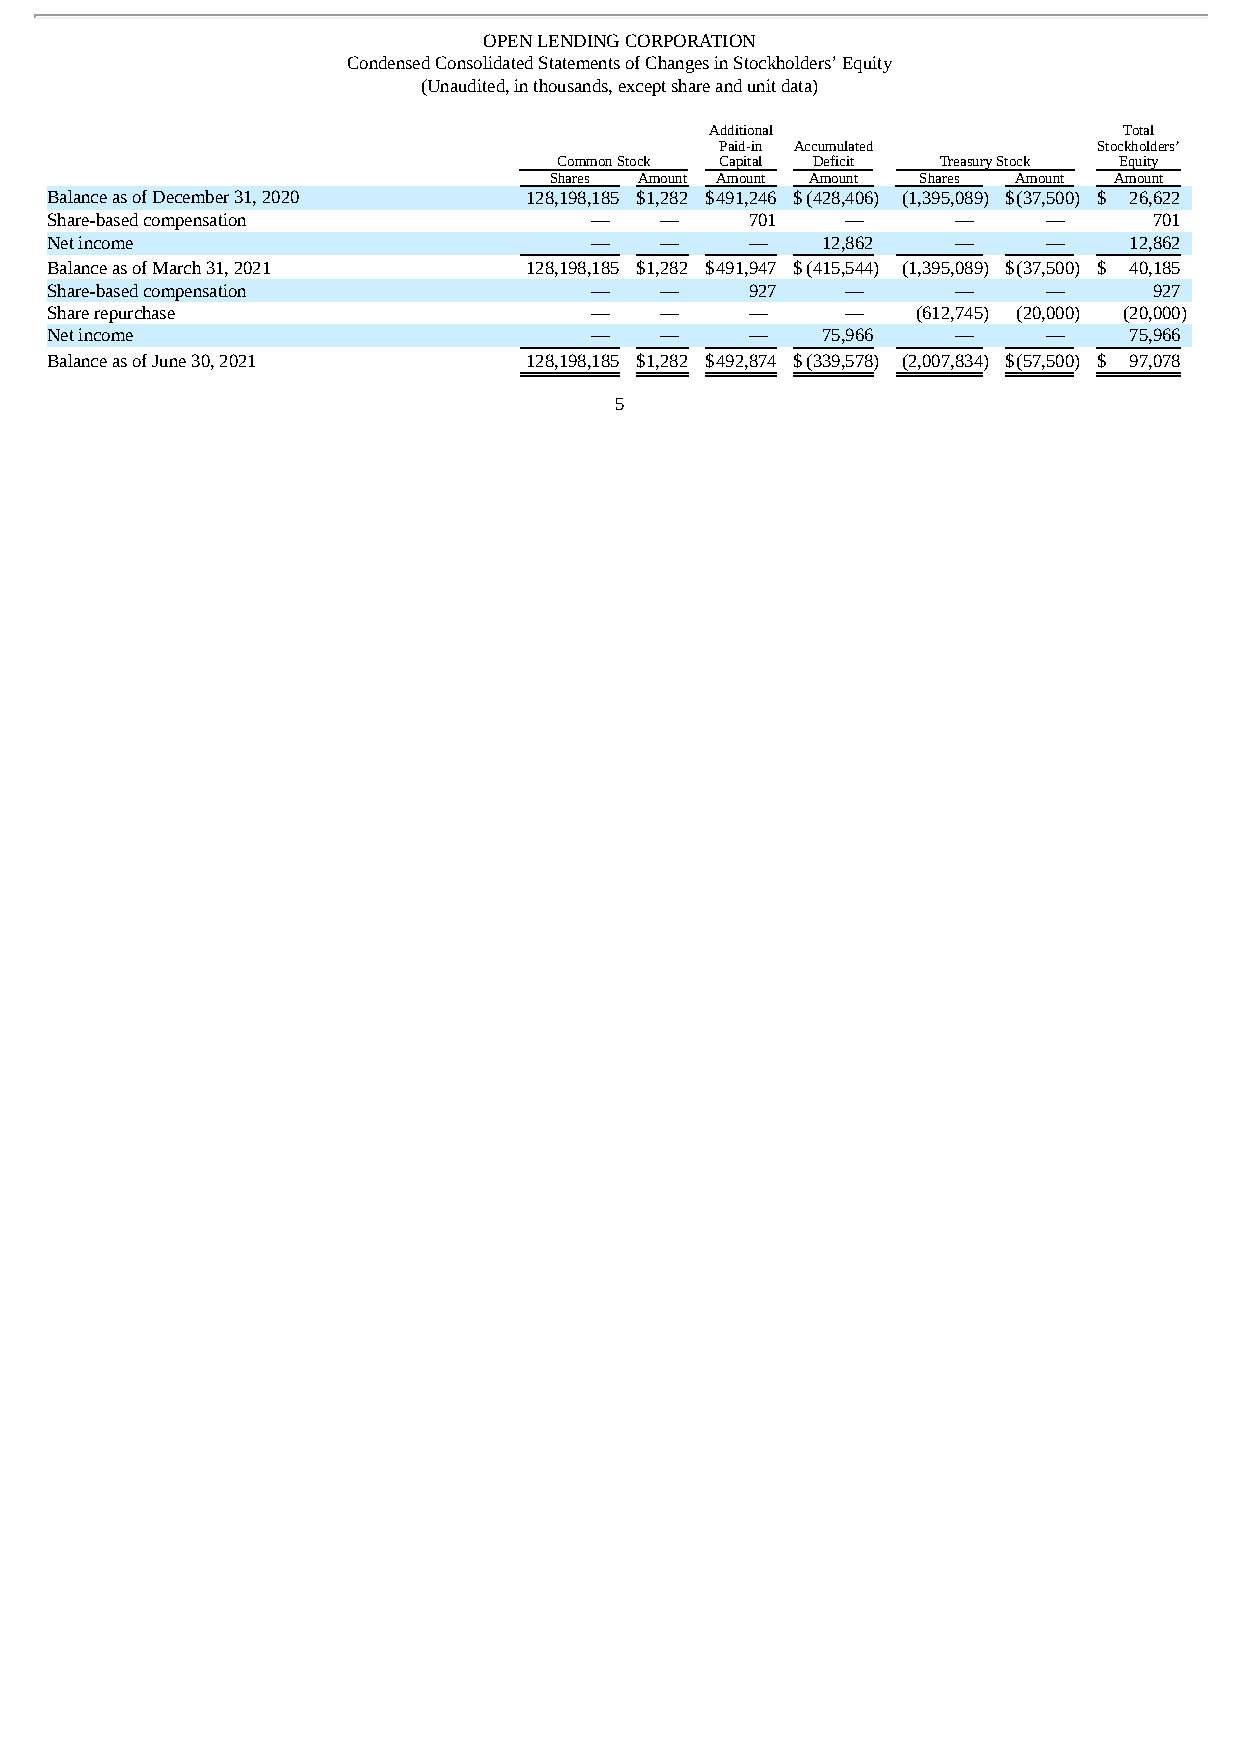
OPEN LENDING CORPORATION
 Condensed Consolidated Statements of Changes in Stockholders’ Equity
 (Unaudited, in thousands, except share and unit data)
 Additional                 Total
 Paid-in Accumulated      Stockholders’
 Common Stock Capital Deficit Treasury Stock Equity
 Shares Amount Amount Amount Shares Amount Amount
 Balance as of December 31, 2020 128,198,185 $1,282 $491,246 $(428,406) (1,395,089) $(37,500) $ 26,622
 Share-based compensation            —    —     701   —      —     —      701
 Net income                          —    —     —   12,862   —     —     12,862
 Balance as of March 31, 2021    128,198,185 $ 1,282 $ 491,947 $ (415,544 ) (1,395,089 ) $ (37,500 ) $ 40,185
 Share-based compensation            —    —     927   —      —     —      927
 Share repurchase                    —    —     —     —    (612,745) (20,000) (20,000)
 Net income                          —    —     —   75,966   —     —     75,966
 Balance as of June 30, 2021     128,198,185 $ 1,282 $ 492,874 $ (339,578 ) (2,007,834 ) $ (57,500 ) $ 97,078
 5